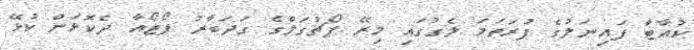
ކުއާޓާ ފައިނަލުގެ ފުރަތަމަ ލެގުގައި މިރޭ ޕޯޗުގަލްގެ ގަދަބާރު ޕޯޓޯއާ ދެކޮޅަށް ކުޅޭ